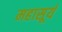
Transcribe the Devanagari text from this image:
महासूर्य